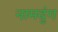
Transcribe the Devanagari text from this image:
नामदुंग